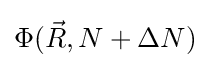
\Phi ({\vec {R}},N+\Delta N)